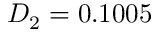
D _ { 2 } = 0 . 1 0 0 5